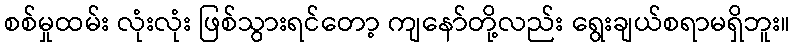
စစ်မှုထမ်း လုံးလုံး ဖြစ်သွားရင်တော့ ကျနော်တို့လည်း ရွေးချယ်စရာမရှိဘူး။